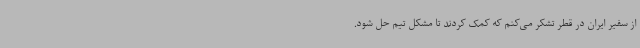
از سفیر ایران در قطر تشکر می‌کنم که کمک کردند تا مشکل تیم حل شود.